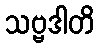
သဗ္ဗဒါတိ